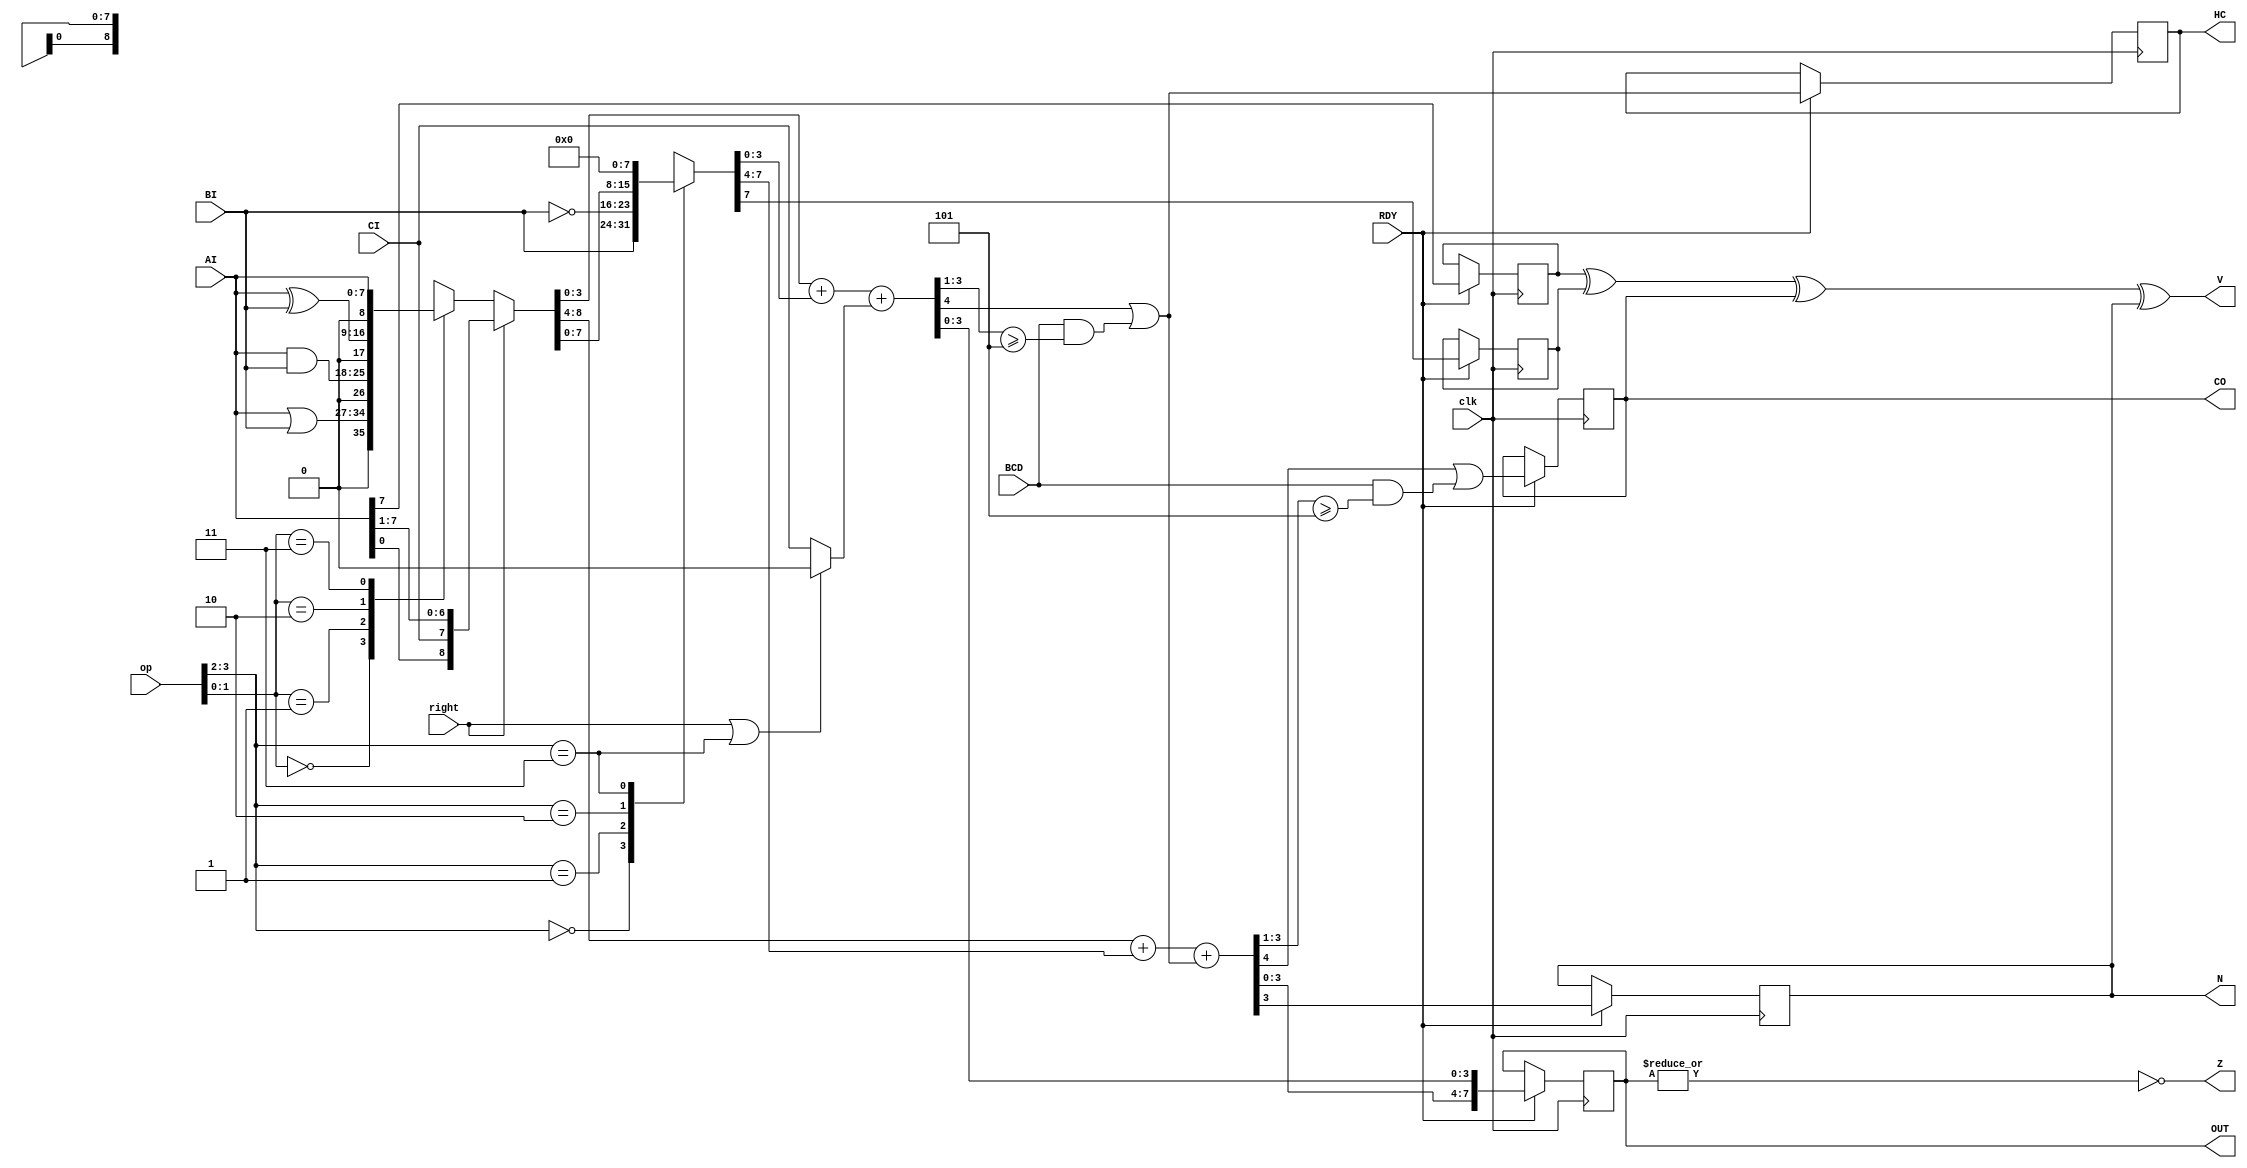
/*
 * ALU.
 *
 * AI and BI are 8 bit inputs. Result in OUT.
 * CI is Carry In.
 * CO is Carry Out.
 *
 * op[3:0] is defined as follows:
 *
 * 0011   AI + BI
 * 0111   AI - BI
 * 1011   AI + AI
 * 1100   AI | BI
 * 1101   AI & BI
 * 1110   AI ^ BI
 * 1111   AI
 *
 */

module ALU( clk, op, right, AI, BI, CI, CO, BCD, OUT, V, Z, N, HC, RDY );
	input clk;
	input right;
	input [3:0] op;		// operation
	input [7:0] AI;
	input [7:0] BI;
	input CI;
	input BCD;		// BCD style carry
	output [7:0] OUT;
	output CO;
	output V;
	output Z;
	output N;
	output HC;
	input RDY;

reg [7:0] OUT;
reg CO;
wire V;
wire Z;
reg N;
reg HC;

reg AI7;
reg BI7;
reg [8:0] temp_logic;
reg [7:0] temp_BI;
reg [4:0] temp_l;
reg [4:0] temp_h;
wire [8:0] temp = { temp_h, temp_l[3:0] };
wire adder_CI = (right | (op[3:2] == 2'b11)) ? 0 : CI;

// calculate the logic operations. The 'case' can be done in 1 LUT per
// bit. The 'right' shift is a simple mux that can be implemented by
// F5MUX.
always @*  begin
	case( op[1:0] )
	    2'b00: temp_logic = AI | BI;
	    2'b01: temp_logic = AI & BI;
	    2'b10: temp_logic = AI ^ BI;
	    2'b11: temp_logic = AI;
	endcase

	if( right )
	    temp_logic = { AI[0], CI, AI[7:1] };
end

// Add logic result to BI input. This only makes sense when logic = AI.
// This stage can be done in 1 LUT per bit, using carry chain logic.
always @* begin
	case( op[3:2] )
	    2'b00: temp_BI = BI;	// A+B
	    2'b01: temp_BI = ~BI;	// A-B
	    2'b10: temp_BI = temp_logic;	// A+A
	    2'b11: temp_BI = 0;		// A+0
	endcase	
end

// HC9 is the half carry bit when doing BCD add
wire HC9 = BCD & (temp_l[3:1] >= 3'd5);

// CO9 is the carry-out bit when doing BCD add
wire CO9 = BCD & (temp_h[3:1] >= 3'd5);

// combined half carry bit
wire temp_HC = temp_l[4] | HC9;

// perform the addition as 2 separate nibble, so we get
// access to the half carry flag
always @* begin
	temp_l = temp_logic[3:0] + temp_BI[3:0] + adder_CI;
	temp_h = temp_logic[8:4] + temp_BI[7:4] + temp_HC;
end

// calculate the flags 
always @(posedge clk)
    if( RDY ) begin
	AI7 <= AI[7];
	BI7 <= temp_BI[7];
	OUT <= temp[7:0];
	CO  <= temp[8] | CO9;
	N   <= temp[7];
	HC  <= temp_HC;
    end

assign V = AI7 ^ BI7 ^ CO ^ N;
assign Z = ~|OUT;

endmodule